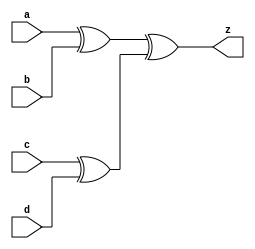

// test_intermout_always_comb_1_test.v
module f1_test(a, b, c, d, z);
input a, b, c, d;
output z;
reg z, temp1, temp2;

always @(a or b or c or d)
begin
    temp1 = a ^ b;
	temp2 = c ^ d;
	z = temp1 ^ temp2;
end	

endmodule

// test_intermout_always_comb_3_test.v
module f2_test (in1, in2, out);
input  in1, in2;
output  reg out;

always @ ( in1 or in2)
	if(in1 > in2)
		out = in1;
	else
		out = in2;
endmodule		

// test_intermout_always_comb_4_test.v
module f3_test(a, b, c);
input b, c;
output reg a;

always @(b or c) begin
a = b;
a = c;
end
endmodule

// test_intermout_always_comb_5_test.v
module f4_test(ctrl, in1,  in2, out);
input ctrl;
input  in1, in2;
output  reg out;

always @ (ctrl or in1 or in2)
	if(ctrl)
		out = in1 & in2;
	else 
		out = in1 | in2;
endmodule		

// test_intermout_always_ff_3_test.v
module f5_NonBlockingEx(clk, merge, er, xmit, fddi, claim);
input clk, merge, er, xmit, fddi;
output reg claim;
reg fcr;

always @(posedge clk)
begin
    fcr = er | xmit;

	if(merge)
	    claim = fcr & fddi;
	else
	    claim = fddi;
end
endmodule

// test_intermout_always_ff_4_test.v
module f6_FlipFlop(clk, cs, ns);
input clk;
input [31:0] cs;
output [31:0] ns;
integer is;

always @(posedge clk)
    is <= cs;

assign ns = is;
endmodule	

// test_intermout_always_ff_5_test.v
module f7_FlipFlop(clock, cs, ns);
input clock;
input [3:0] cs;
output reg [3:0] ns;
reg [3:0] temp;

always @(posedge clock)
begin
    temp = cs;
	ns = temp;
end	

endmodule	

// test_intermout_always_ff_6_test.v
module f8_inc(clock, counter);

input clock;
output reg [3:0] counter;
always @(posedge clock)
	counter <= counter + 1;
endmodule	

// test_intermout_always_ff_8_test.v
module f9_NegEdgeClock(q, d, clk, reset);
input d, clk, reset;
output reg q;

always @(negedge clk or negedge reset)
    if(!reset)
	    q <= 1'b0;
	else	
        q <= d;

endmodule

// test_intermout_always_ff_9_test.v
module f10_MyCounter (clock, preset, updown, presetdata, counter);
input clock, preset, updown;
input [1: 0] presetdata;
output reg [1:0] counter;

always @(posedge clock)
    if(preset)
	    counter <= presetdata;
	else
	    if(updown)
		    counter <= counter + 1;
		else
		    counter <= counter - 1;
endmodule			

// test_intermout_always_latch_1_test.v
module f11_test(en, in, out);
input en;
input [1:0] in;
output reg [2:0] out;

always @ (en or in)
	if(en)
		out = in + 1;
endmodule		

// test_intermout_bufrm_1_test.v
module f12_test(input in, output out);
//no buffer removal
assign out = in;
endmodule

// test_intermout_bufrm_2_test.v
module f13_test(input in, output out);
//intermediate buffers should be removed
wire w1, w2;
assign w1 = in;
assign w2 = w1;
assign out = w2;
endmodule

// test_intermout_bufrm_6_test.v
module f14_test(in, out);
input in;
output out;

wire w1, w2, w3, w4;
assign w1 = in;
assign w2 = w1;
assign w4 = w3;
assign out = w4;
f14_mybuf _f14_mybuf(w2, w3);
endmodule

module f14_mybuf(in, out);
input in;
output out;
wire w1, w2, w3, w4;

assign w1 = in;
assign w2 = w1;
assign out = w2;
endmodule


// test_intermout_bufrm_7_test.v
module f15_test(in1, in2, out);
input in1, in2;
output out;
// Y with cluster of f15_mybuf instances at the junction

wire w1, w2, w3, w4, w5, w6, w7, w8, w9, w10;
assign w1 = in1;
assign w2 = w1;
assign w5 = in2;
assign w6 = w5;
assign w10 = w9;
assign out = w10;

f15_mybuf _f15_mybuf0(w2, w3);
f15_mybuf _f15_mybuf1(w3, w4);

f15_mybuf _f15_mybuf2(w6, w7);
f15_mybuf _f15_mybuf3(w7, w4);

f15_mybuf _f15_mybuf4(w4, w8);
f15_mybuf _f15_mybuf5(w8, w9);
endmodule

module f15_mybuf(in, out);
input in;
output out;
wire w1, w2, w3, w4;

assign w1 = in;
assign w2 = w1;
assign out = w2;
endmodule


// test_intermout_exprs_add_test.v
module f16_test(out, in1, in2, vin1, vin2, vout1);
output out;
input in1, in2;
input [1:0] vin1;
input [2:0] vin2;
output [3:0] vout1;

assign out = in1 + in2;
assign vout1 = vin1 + vin2;
endmodule

// test_intermout_exprs_binlogic_test.v
module f17_test(in1, in2, vin1, vin2, out, vout, vin3, vin4, vout1 );
input in1, in2;
input [1:0] vin1;
input [3:0] vin2;
input [1:0] vin3;
input [3:0] vin4;
output vout, vout1;
output out;

assign out = in1 && in2;
assign vout = vin1 && vin2;
assign vout1 = vin3 || vin4;
endmodule

// test_intermout_exprs_bitwiseneg_test.v
module f18_test(output out, input in, output [1:0] vout, input [1:0] vin);

assign out = ~in;
assign vout = ~vin;
endmodule

// test_intermout_exprs_buffer_test.v
module f19_buffer(in, out, vin, vout);
input  in;
output out;
input [1:0] vin;
output [1:0] vout;

assign out = in;
assign vout = vin;
endmodule

// test_intermout_exprs_condexpr_mux_test.v
module f20_test(in1, in2, out,  vin1, vin2, vin3, vin4, vout1, vout2, en1, ven1, ven2);
input in1, in2, en1, ven1;
input [1:0] ven2;
output out;
input [1:0] vin1,  vin2, vin3, vin4;
output [1:0] vout1, vout2;

assign out = en1 ? in1 : in2;
assign vout1 = ven1 ? vin1 : vin2;
assign vout2 = ven2 ? vin3 : vin4;
endmodule

// test_intermout_exprs_condexpr_tribuf_test.v
module f21_test(in, out, en, vin1, vout1, en1);
input in, en, en1;
output out;
input [1:0] vin1;
output [1:0] vout1;

assign out = en ? in : 1'bz;
assign vout1 = en1 ? vin1 : 2'bzz;
endmodule

// test_intermout_exprs_constshift_test.v
module f22_test(in, out, vin, vout, vin1, vout1, vin2, vout2);

input in;
input [3:0] vin, vin1, vin2;
output [3:0] vout, vout1, vout2;
output out;

assign out = in << 1;
assign vout = vin << 2;
assign vout1 = vin1 >> 2;
assign vout2 = vin2 >>> 2;
endmodule

// test_intermout_exprs_const_test.v
module f23_test (out, vout);
output out;
output [7:0] vout;

assign out = 1'b1;
assign vout = 9;
endmodule

// test_intermout_exprs_div_test.v
module f24_test(out, in1, in2, vin1, vin2, vout1);
output out;
input in1, in2;
input [1:0] vin1;
input [2:0] vin2;
output [3:0] vout1;

assign out = in1 / in2;
assign vout1 = vin1 / vin2;
endmodule

// test_intermout_exprs_logicneg_test.v
module f25_test(out, vout, in, vin);
output out, vout;
input in;
input [3:0] vin;
assign out = !in;
assign vout = !vin;
endmodule

// test_intermout_exprs_mod_test.v
module f26_test(out, in1, in2, vin1, vin2, vout1);
output out;
input in1, in2;
input [1:0] vin1;
input [2:0] vin2;
output [3:0] vout1;

assign out = in1 % in2;
assign vout1 = vin1 % vin2;
endmodule

// test_intermout_exprs_mul_test.v
module f27_test(out, in1, in2, vin1, vin2, vout1);
output out;
input in1, in2;
input [1:0] vin1;
input [2:0] vin2;
output [3:0] vout1;

assign out = in1 * in2;
assign vout1 = vin1 * vin2;
endmodule

// test_intermout_exprs_redand_test.v
module f28_test(output out, input [1:0] vin, output out1, input [3:0] vin1);

assign out = &vin;
assign out1 = &vin1;
endmodule

// test_intermout_exprs_redop_test.v
module f29_Reduction (A1, A2, A3, A4, A5, A6, Y1, Y2, Y3, Y4, Y5, Y6);
input [1:0] A1; 
input [1:0] A2; 
input [1:0] A3; 
input [1:0] A4; 
input [1:0] A5; 
input [1:0] A6; 
output Y1, Y2, Y3, Y4, Y5, Y6; 
//reg Y1, Y2, Y3, Y4, Y5, Y6; 
assign Y1=&A1; //reduction AND 
assign Y2=|A2; //reduction OR 
assign Y3=~&A3; //reduction NAND 
assign Y4=~|A4; //reduction NOR 
assign Y5=^A5; //reduction XOR 
assign Y6=~^A6; //reduction XNOR 
endmodule

// test_intermout_exprs_sub_test.v
module f30_test(out, in1, in2, vin1, vin2, vout1);
output out;
input in1, in2;
input [1:0] vin1;
input [2:0] vin2;
output [3:0] vout1;

assign out = in1 - in2;
assign vout1 = vin1 - vin2;
endmodule

// test_intermout_exprs_unaryminus_test.v
module f31_test(output out, input in, output [31:0] vout, input [31:0] vin);

assign out = -in;
assign vout = -vin;
endmodule

// test_intermout_exprs_unaryplus_test.v
module f32_test(output out, input in);

assign out = +in;
endmodule

// test_intermout_exprs_varshift_test.v
module f33_test(vin0, vout0);
input [2:0] vin0;
output reg [7:0] vout0;

wire [7:0] myreg0, myreg1, myreg2;
integer i;
assign myreg0 = vout0 << vin0;

assign myreg1 = myreg2 >> i;
endmodule